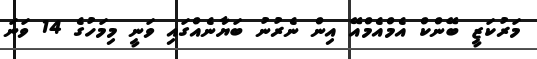
މަރުކަޒީ ބޭންކް އެމްއެމްއޭ އިން ނެރުނު ބަޔާނެއްގައި ވަނީ މިމަހުގެ 14 ވަނަ